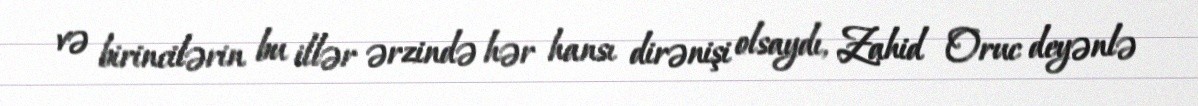
və birincilərin bu illər ərzində hər hansı dirənişi olsaydı, Zahid Oruc deyənlə